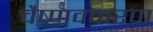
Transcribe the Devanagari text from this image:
वैष्णवकरण